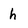
Character: h